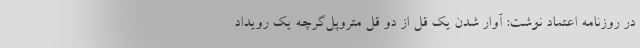
در روزنامه اعتماد نوشت: آوار شدن يك قل از دو قل متروپل‌گرچه يك رويداد